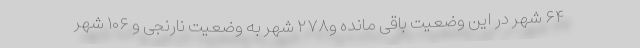
۶۴ شهر در این وضعیت باقی مانده و۲۷۸ شهر به وضعیت نارنجی و ۱۰۶ شهر